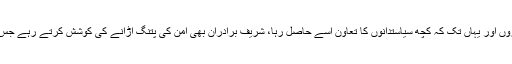
پڑوسی ملک کو خوش کرنے کے لیے سیفما جیسے اداروں اور یہاں تک کہ کچھ سیاستدانوں کا تعاون اسے حاصل رہا، شریف برادران بھی امن کی پتنگ اڑانے کی کوشش کرتے رہے جس کی ڈور ہر بار بھارت کی طرف سے کاٹی جاتی رہی۔